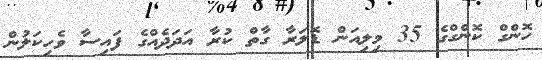
ހޮންގް ކޮންގްގެ 35 މިލިއަން ޑޮލަރާ ގާތް ކުރާ އަދަދެއްގެ ފައިސާ ވެހިކަލުން